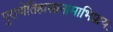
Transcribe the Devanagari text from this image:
पुराणेतिहासानामाभिप्रायः